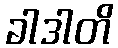
ခါဒါတိ